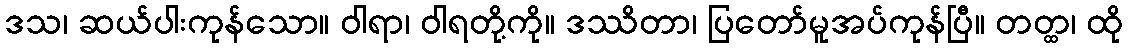
ဒသ၊ ဆယ်ပါးကုန်သော။ ဝါရာ၊ ဝါရတို့ကို။ ဒဿိတာ၊ ပြတော်မူအပ်ကုန်ပြီ။ တတ္ထ၊ ထို